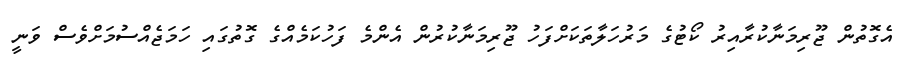
އެގޮތުން ޖޫރިމަނާކުރާއިރު ކޯޓުގެ މަރުހަލާތަކަށްފަހު ޖޫރިމަނާކުރުން އެންމެ ފަހުކަމެއްގެ ގޮތުގައި ހަމަޖެއްސުމަށްވެސް ވަނީ